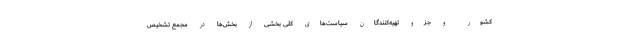
کشور و جزو تهیه‌کنندگان سیاست‌های کلی بخشی از بخش‌ها در مجمع تشخیص